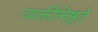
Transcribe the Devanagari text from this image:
व्यक्तीनिष्ठ्ते